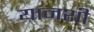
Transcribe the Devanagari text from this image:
यानशी